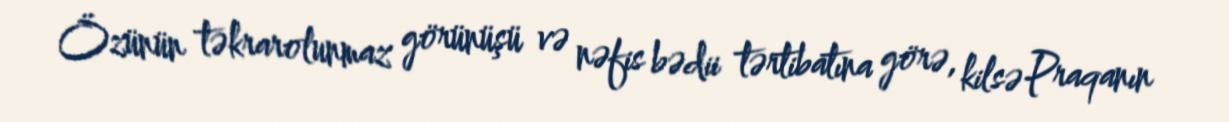
Özünün təkrarolunmaz görünüşü və nəfis bədii tərtibatına görə, kilsə Praqanın